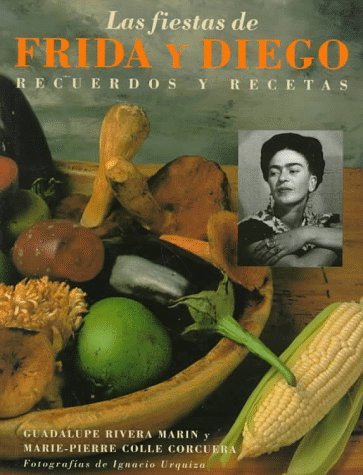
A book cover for Las Fiestas de Frida y Diego: Recuerdos y Recetas (Spanish Edition); Marie-Pierre Colle; Cookbooks, Food & Wine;